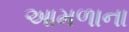
આમળાના